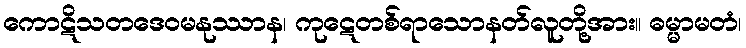
ကောဋိသတဒေဝမနုဿာန၊ ကုဋေတစ်ရာသောနတ်လူတို့အား။ ဓမ္မာမတံ၊